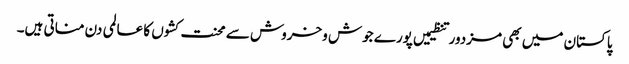
پاکستان میں بھی مزدور تنظیمیں پورے جوش وخروش سے محنت کشوں کا عالمی دن مناتی ہیں۔